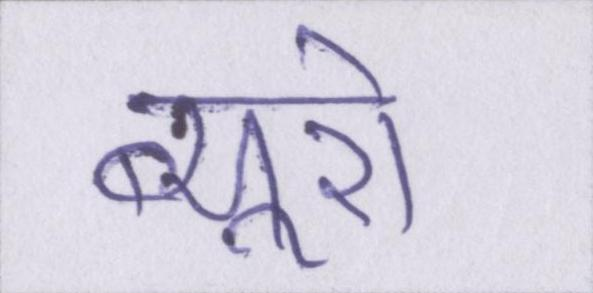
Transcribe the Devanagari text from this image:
ब्यूरो